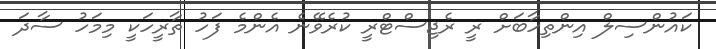
ކައުންސިލް އިންތިހާބަށް ރީ ރެޖިސްޓްރީ ކުރެވޭނެ އެންމެ ފަހު ތާރީހަކީ މިމަހު ސާދަ